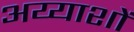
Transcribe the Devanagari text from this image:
अय्याशों